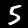
Digit: 5